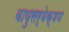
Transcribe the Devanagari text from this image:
वायुसर्वेक्षण